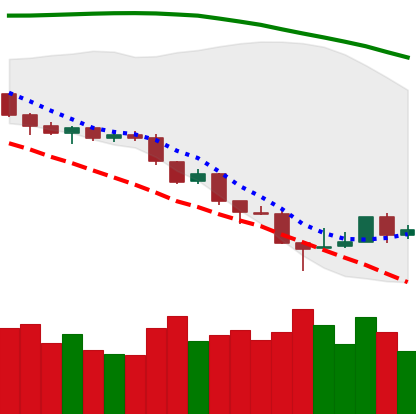
Ticker: ETH-USD
Chart end date: 2018-08-19
Forward return: -5.939%
Label: down_5_7